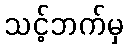
သင့်ဘက်မှ